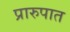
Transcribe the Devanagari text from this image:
प्रारुपात